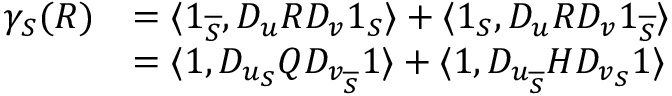
\begin{array} { r l } { \gamma _ { S } ( R ) } & { = \langle \boldsymbol { 1 } _ { \overline { { S } } } , D _ { u } R D _ { v } \boldsymbol { 1 } _ { S } \rangle + \langle \boldsymbol { 1 } _ { S } , D _ { u } R D _ { v } \boldsymbol { 1 } _ { \overline { { S } } } \rangle } \\ & { = \langle \boldsymbol { 1 } , D _ { u _ { S } } Q D _ { v _ { \overline { { S } } } } \boldsymbol { 1 } \rangle + \langle \boldsymbol { 1 } , D _ { u _ { \overline { { S } } } } H D _ { v _ { S } } \boldsymbol { 1 } \rangle } \end{array}